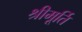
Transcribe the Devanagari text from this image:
श्रीमूर्ति